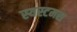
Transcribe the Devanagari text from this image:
स्यस्टमस